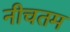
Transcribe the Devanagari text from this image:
नीचतम